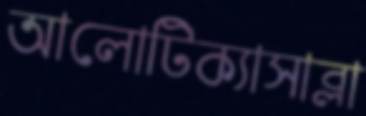
আলোটিক্যাসাব্লা